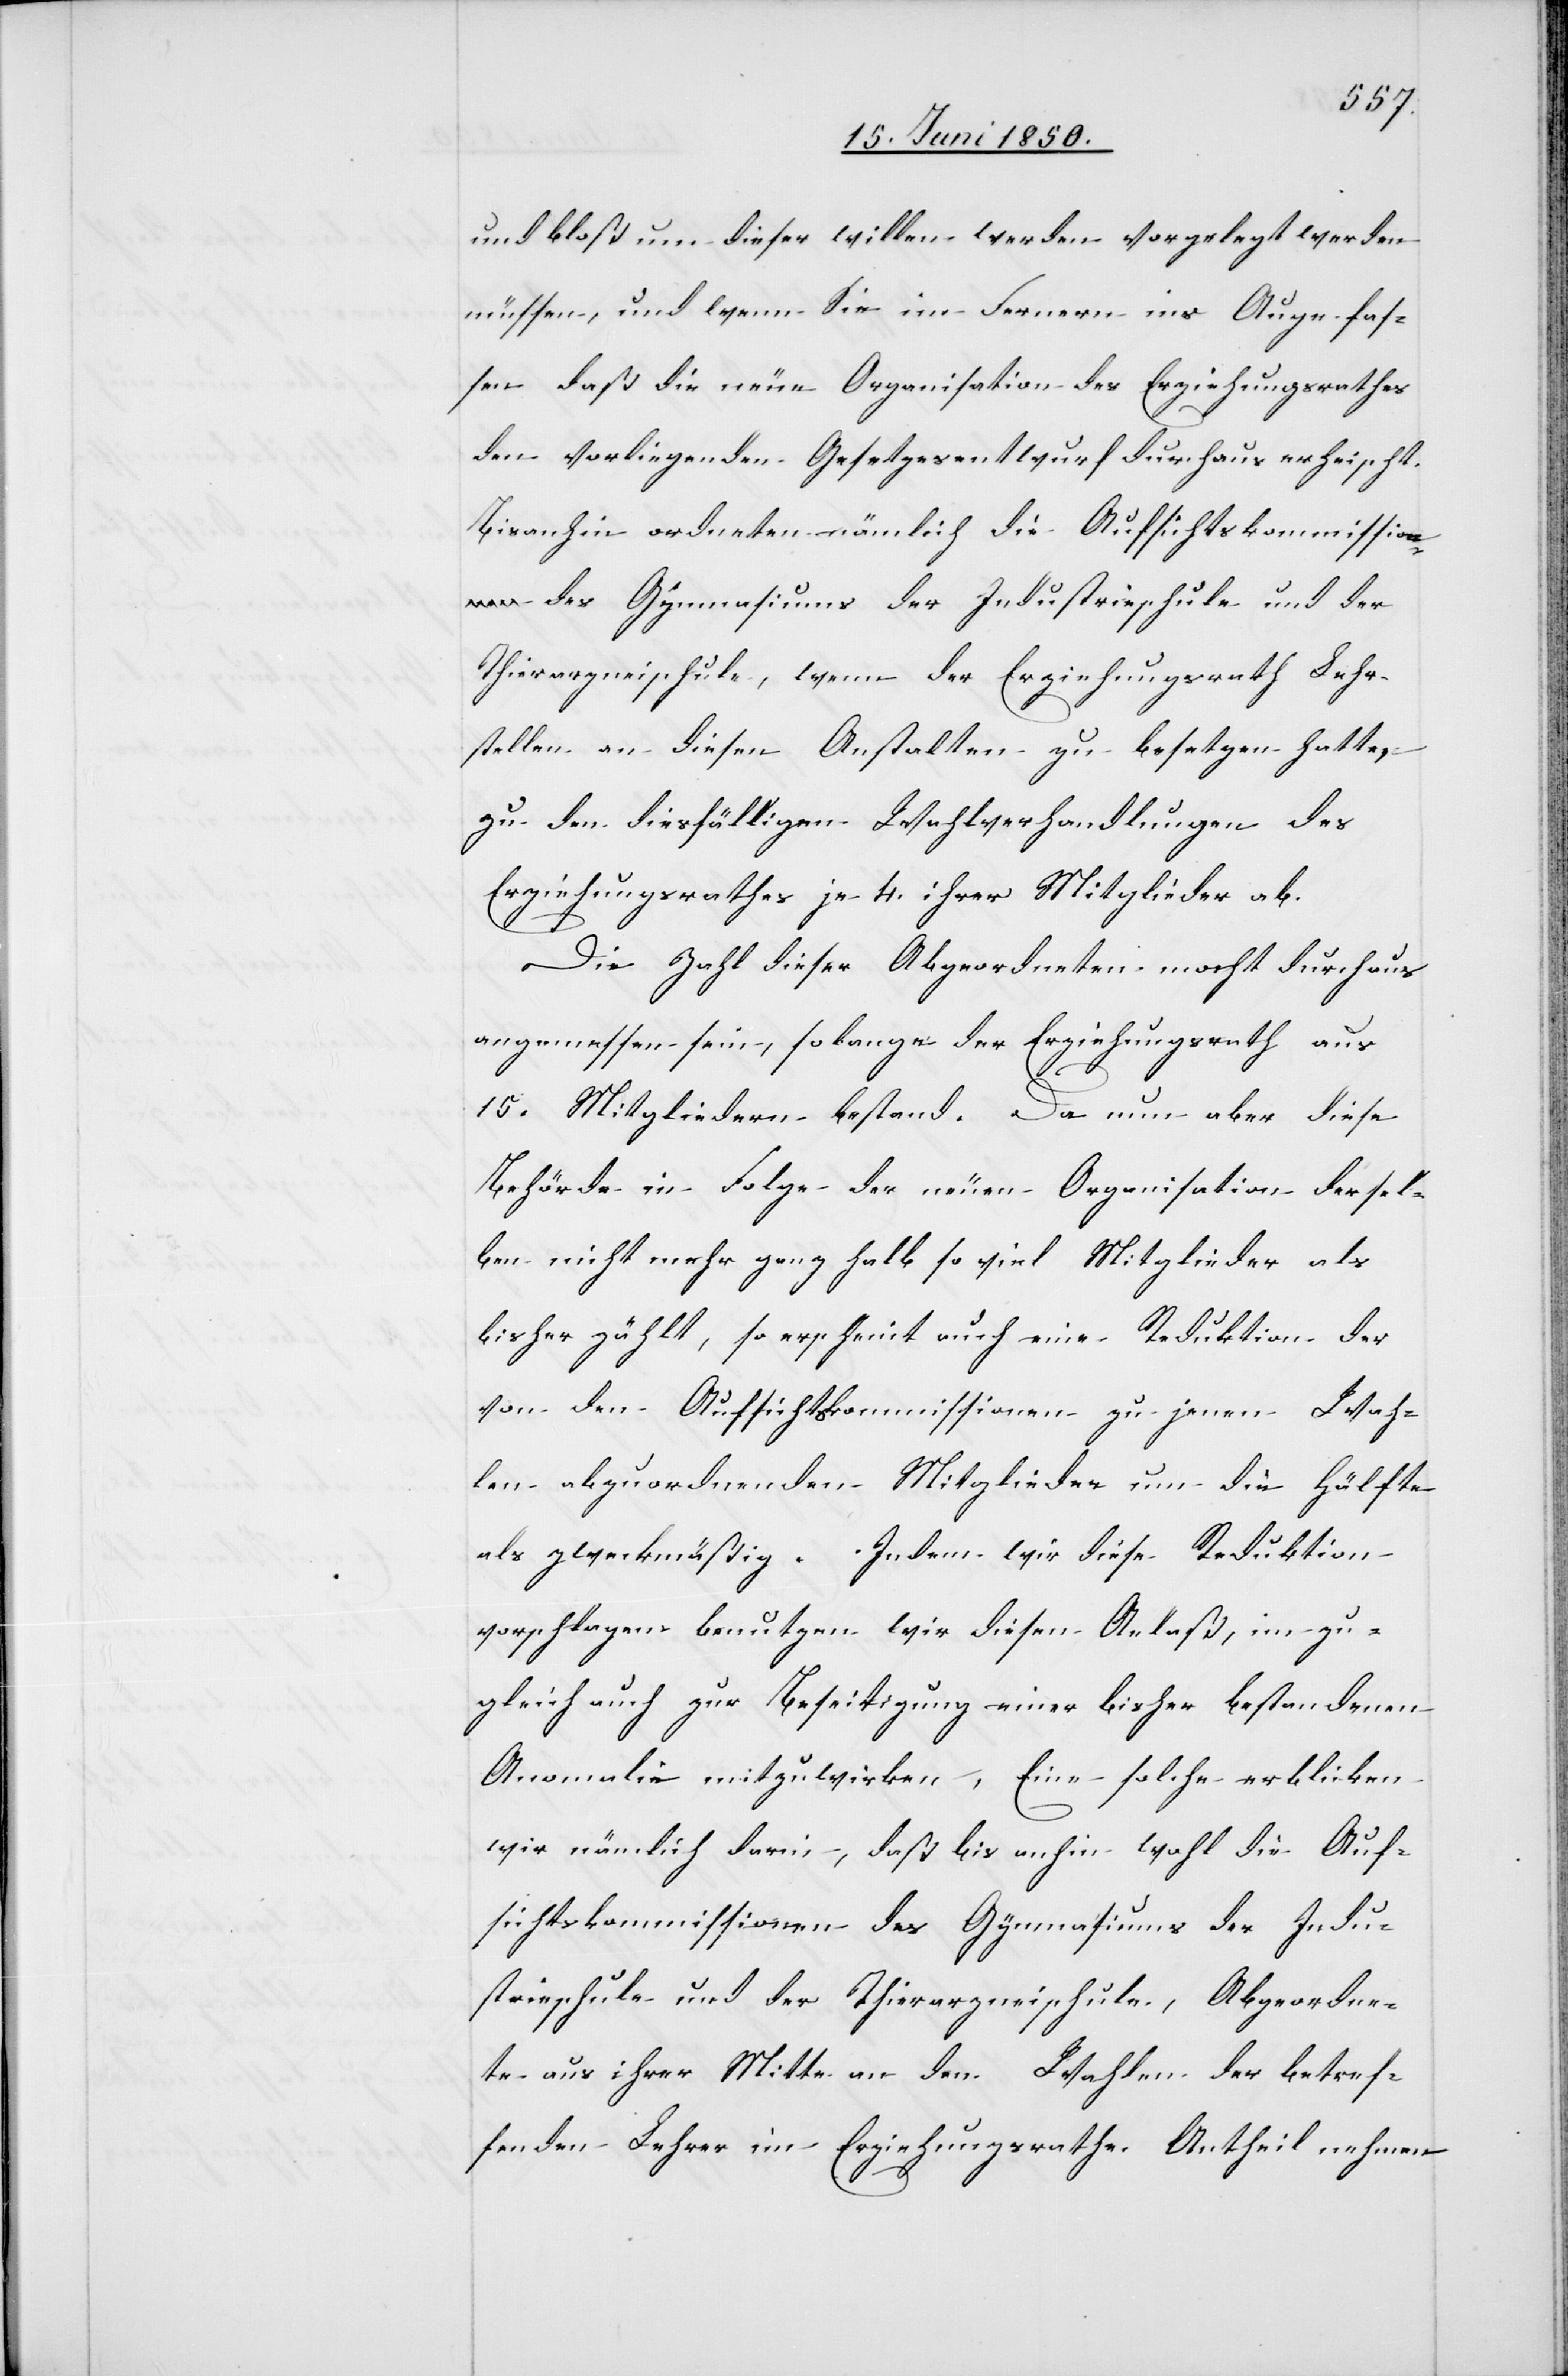
und bloß um dieser willen werden vorgelegt werden
müssen, und wenn Sie im Fernern ins Auge fas¬
sen daß die neue Organisation des Erziehungsrathes
den vorliegenden Gesetzesentwurf durchaus erheischt.
Bisanhin ordneten nämlich die Aufsichtskommissio¬
n des Gymnasiums[,] der Industrieschule und der
Thierarzneischule, wenn der Erziehungsrath Lehr¬
stellen an diesen Anstalten zu besetzen hatte,
zu den diesfälligen Wahlverhandlungen des
Erziehungsrathes je 4. ihrer Mitglieder ab.
Die Zahl dieser Abgeordneten mocht[e] durchaus
angemessen sein, so lange der Erziehungsrath aus
15. Mitgliedern bestand. Da nun aber diese
Behörde in Folge der neuen Organisation dersel¬
ben nicht mehr ganz halb so viel Mitglieder als
bisher zählt, so erscheint auch eine Reduktion der
von den Aufsichtskommissionen zu jenen Wah¬
len abzuordnenden Mitglieder um die Hälfte
als zweckmäßig. Indem wir diese Reduktion
vorschlagen benutzen wir diesen Anlaß, im
zugleich auch zur Beseitigung einer bisher bestandenen
Anomalie mitzuwirken, Eine solche erblicken
wir nämlich darin, daß bis anhin wohl die Auf¬
sichtskommissionen des Gymnasiums[,] der Indu¬
strieschule und der Thierarzneischule, Abgeordne¬
te aus ihrer Mitte an den Wahlen der betref¬
fenden Lehrer im Erziehungsrathe Antheil nehmen